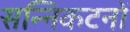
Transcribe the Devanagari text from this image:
सन्निकटनों